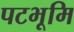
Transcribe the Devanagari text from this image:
पटभूमि